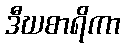
ဒီဃစာရိကာ